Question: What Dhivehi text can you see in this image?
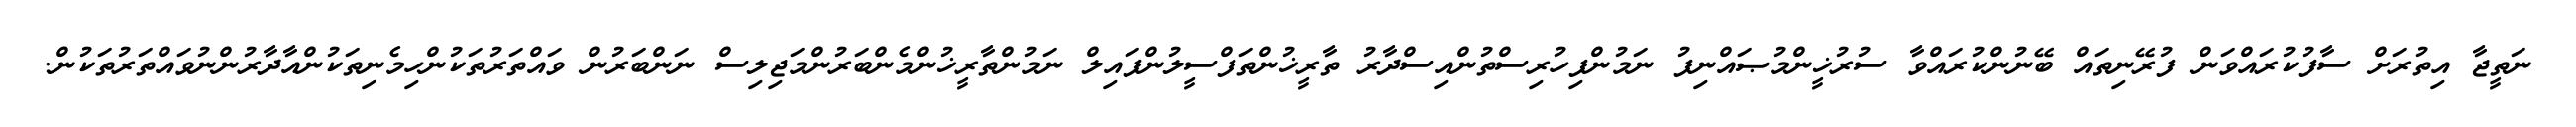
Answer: ނަތީޖާ އިތުރަށް ސާފުކުރައްވަން ފުރޭނިތައް ބޭނުންކުރައްވާ ސުރުޚީންމުޞައްނިފު ނަމުންފިހުރިސްތުންއިސްދާރު ތާރީޚުންތަފްސީލުންފައިލް ނަމުންތާރީޚުންމެންބަރުންމަޖިލިސް ނަންބަރުން ވައްތަރުތަކުންހިމެނިތަކުންއާދާރުންނުވައްތަރުތަކުން.